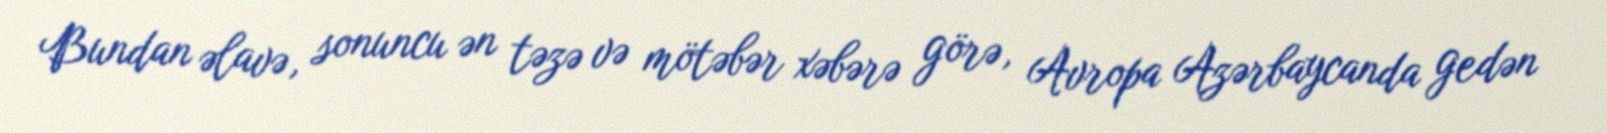
Bundan əlavə, sonuncu ən təzə və mötəbər xəbərə görə, Avropa Azərbaycanda gedən